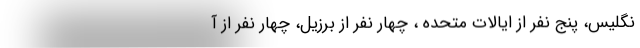
نگلیس، پنج نفر از ایالات متحده ، چهار نفر از برزیل، چهار نفر از آ